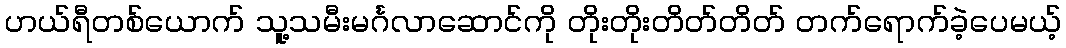
ဟယ်ရီတစ်ယောက် သူ့သမီးမင်္ဂလာဆောင်ကို တိုးတိုးတိတ်တိတ် တက်ရောက်ခဲ့ပေမယ့်